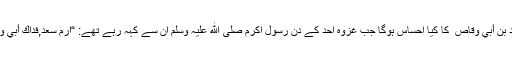
– سعد بن أبي وقاص ؓ کا کیا احساس ہوگا جب غزوە اُحد کے دن رسولِ اکرم صلی الله علیہ وسلم ان سے کہہ رہے تھے: “ارمِ سعد,فداكَ أبي وأمّي ؟